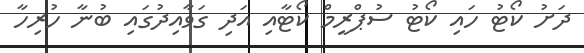
ދަށު ކޯޓު ހައި ކޯޓު ސުޕްރީމް ކޯޓާއި އަދި ގަވާއިދުގައި ބުނާ ހުރިހާ